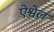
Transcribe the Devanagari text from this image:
ऐश्वेल